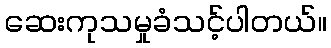
ဆေးကုသမှုခံသင့်ပါတယ်။